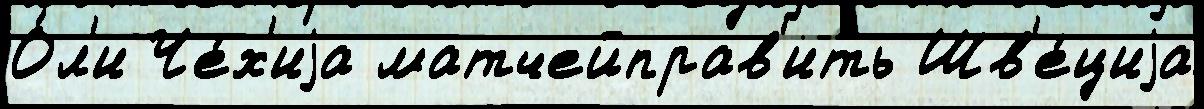
О́л'и Че́х'иjа матчейправ'ить Шв'е́циjа